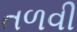
તળવી